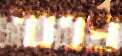
פנימי